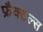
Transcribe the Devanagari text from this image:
फ्रैक्टल्स